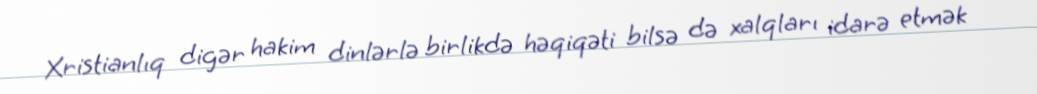
Xristianlıq digər hakim dinlərlə birlikdə həqiqəti bilsə də xalqları idarə etmək